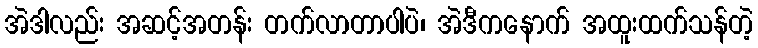
အဲဒါလည်း အဆင့်အတန်း တက်လာတာပါပဲ၊ အဲဒီကနောက် အထူးထက်သန်တဲ့